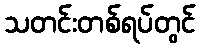
သတင်းတစ်ရပ်တွင်